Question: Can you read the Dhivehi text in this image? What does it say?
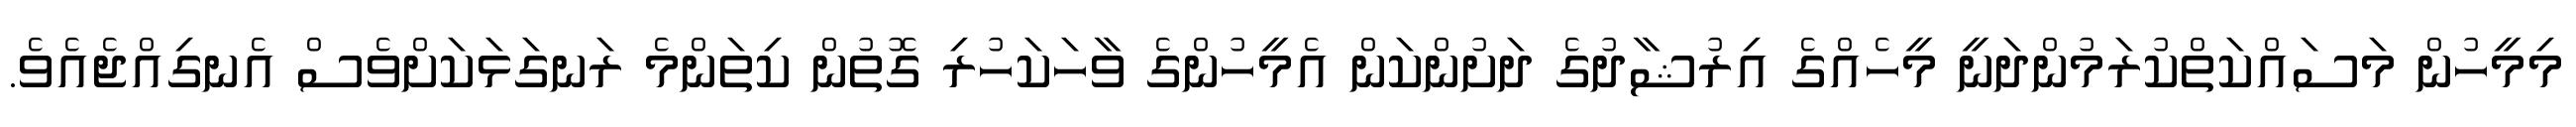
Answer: މިމީހުން މަސައްކަތްކުރަމުންދަނީ މީހެއްގެ އިރުޝާދުގެ ދަށުންކަން އެމީހުންގެ ވާހަކަހުރި ގޮތުން ކިތަންމެ ރަނގަޅަކަށްވެސް އެނގިއްޖެއެވެ.